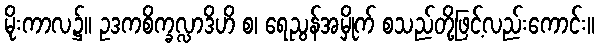
မိုးကာလ၌။ ဥဒကစိက္ခလ္လာဒိဟိ စ၊ ရေညွန်အမှိုက် စသည်တို့ဖြင့်လည်းကောင်း။